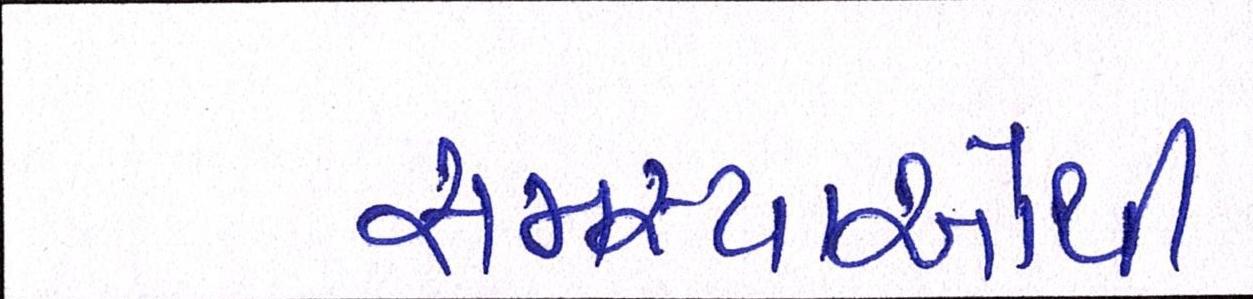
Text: સમસ્યાઓથી